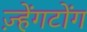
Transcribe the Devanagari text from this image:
ज़्हेंगटोंग